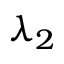
\lambda _ { 2 }